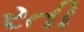
રતી